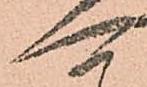
可